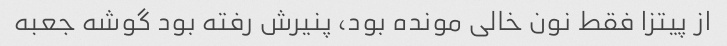
از پیتزا فقط نون خالی مونده بود، پنیرش رفته بود گوشه جعبه